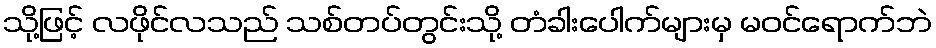
သို့ဖြင့် လဖိုင်လသည် သစ်တပ်တွင်းသို့ တံခါးပေါက်များမှ မဝင်ရောက်ဘဲ